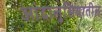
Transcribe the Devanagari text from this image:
आंदालुसियातील